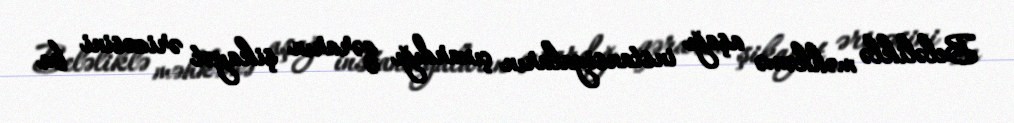
Beləliklə məhkəmə aşağı instansiyaların çıxardığı qərarın şikayət ərizəsini bu